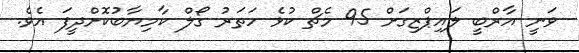
ވަނީ އާރްބީ ލައިޕްޒިގަށް 95 މެޗް ކުޅެ ހަތަރު ގޯލް ކާމިޔާބުކޮށްދީފަ އެވެ.